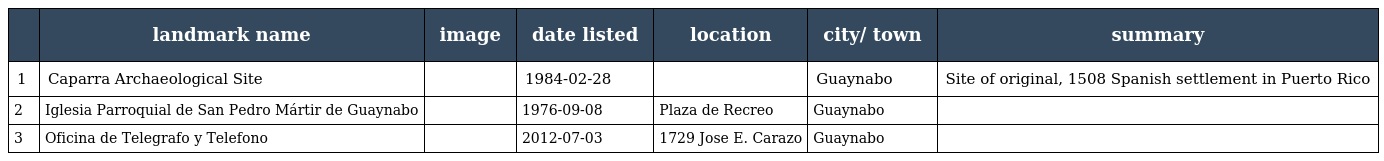
|  | landmark name | image | date listed | location | city/ town | summary |
 | --- | --- | --- | --- | --- | --- | --- |
 | 1 | Caparra Archaeological Site |  | 1984-02-28 |  | Guaynabo | Site of original, 1508 Spanish settlement in Puerto Rico |
 | 2 | Iglesia Parroquial de San Pedro Mártir de Guaynabo |  | 1976-09-08 | Plaza de Recreo | Guaynabo |  |
 | 3 | Oficina de Telegrafo y Telefono |  | 2012-07-03 | 1729 Jose E. Carazo | Guaynabo |  |